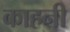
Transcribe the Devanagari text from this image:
काहनी